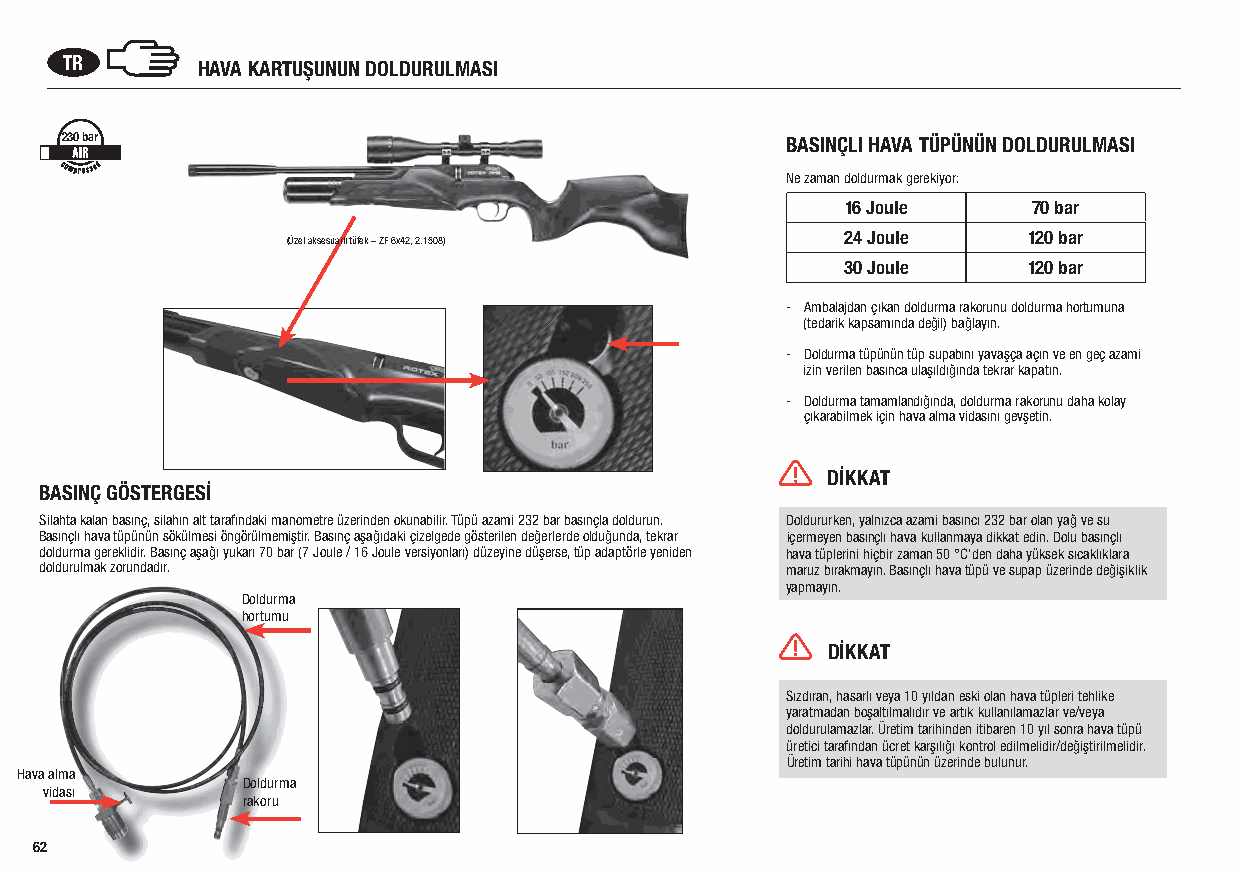
TR       HAVA KARTUŞUNUN DOLDURULMASI
 230 bar                                         BASINÇLI HAVA TÜPÜNÜN DOLDURULMASI
 Ne zaman doldurmak gerekiyor:
 16 Joule    70 bar
 24 Joule    120 bar
 (Özel aksesuarlı tüfek – ZF 6x42, 2.1508)
 30 Joule    120 bar
 - Ambalajdan çıkan doldurma rakorunu doldurma hortumuna
 (tedarik kapsamında değil) bağlayın.
 - Doldurma tüpünün tüp supabını yavaşça açın ve en geç azami
 izin verilen basınca ulaşıldığında tekrar kapatın.
 - Doldurma tamamlandığında, doldurma rakorunu daha kolay
 çıkarabilmek için hava alma vidasını gevşetin.
 DİKKAT
 BASINÇ GÖSTERGESİ
 Silahta kalan basınç, silahın alt tarafındaki manometre üzerinden okunabilir. Tüpü azami 232 bar basınçla doldurun. Doldururken, yalnızca azami basıncı 232 bar olan yağ ve su
 Basınçlı hava tüpünün sökülmesi öngörülmemiştir. Basınç aşağıdaki çizelgede gösterilen değerlerde olduğunda, tekrar içermeyen basınçlı hava kullanmaya dikkat edin. Dolu basınçlı
 doldurma gereklidir. Basınç aşağı yukarı 70 bar (7 Joule / 16 Joule versiyonları) düzeyine düşerse, tüp adaptörle yeniden hava tüplerini hiçbir zaman 50 °C‘den daha yüksek sıcaklıklara
 doldurulmak zorundadır.                          maruz bırakmayın. Basınçlı hava tüpü ve supap üzerinde değişiklik
 yapmayın.
 Doldurma
 hortumu
 DİKKAT
 Sızdıran, hasarlı veya 10 yıldan eski olan hava tüpleri tehlike
 yaratmadan boşaltılmalıdır ve artık kullanılamazlar ve/veya
 doldurulamazlar. Üretim tarihinden itibaren 10 yıl sonra hava tüpü
 üretici tarafından ücret karşılığı kontrol edilmelidir/değiştirilmelidir.
 Üretim tarihi hava tüpünün üzerinde bulunur.
 Hava alma
 Doldurma
 vidası
 rakoru
 62